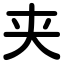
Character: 夹